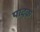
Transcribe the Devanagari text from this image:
पादक